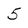
Character: 5